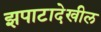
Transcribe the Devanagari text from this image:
झपाटादेखील